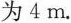
为4 m.